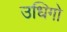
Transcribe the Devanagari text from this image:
उधिगो